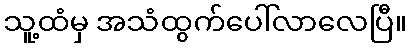
သူ့ထံမှ အသံထွက်ပေါ်လာလေပြီ။